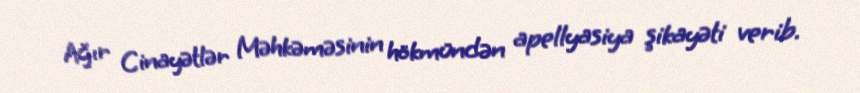
Ağır Cinayətlər Məhkəməsinin hökmündən apellyasiya şikayəti verib.